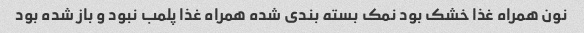
نون همراه غذا خشک بود نمک بسته بندی شده همراه غذا پلمب نبود و باز شده بود